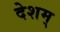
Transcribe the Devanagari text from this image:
देशम्‌